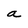
Character: a